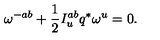
\omega ^ { - a b } + { \frac { 1 } { 2 } } I _ { u } ^ { a b } q ^ { * } \omega ^ { u } = 0 .